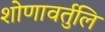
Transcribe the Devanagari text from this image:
शोणावर्तुलि